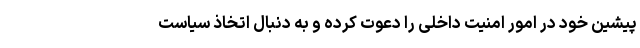
پیشین خود در امور امنیت داخلی را دعوت کرده و به دنبال اتخاذ سیاست